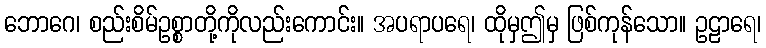
ဘောဂေ၊ စည်းစိမ်ဥစ္စာတို့ကိုလည်းကောင်း။ အပရာပရေ၊ ထိုမှဤမှ ဖြစ်ကုန်သော။ ဥဠာရေ၊